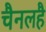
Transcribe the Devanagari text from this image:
चैनलहै